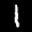
Digit: 1